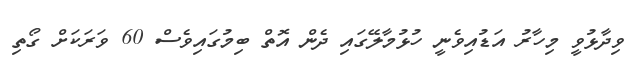
ވިދާޅުވީ މިހާރު އަޑުއިވެނީ ހުޅުމާލޭގައި ދެން އޮތް ބިމުގައިވެސް 60 ވަރަކަށް ގޯތި